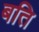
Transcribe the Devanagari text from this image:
बति